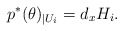
\begin{align*}p^* (\theta) _{| U_i} = d_xH_i . \end{align*}